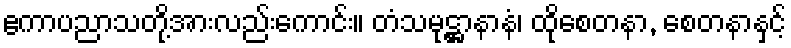
ဧကာပညာသတို့အားလည်းကောင်း။ တံသမုဋ္ဌာနာနံ၊ ထိုစေတနာ, စေတနာနှင့်